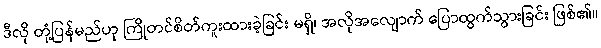
ဒီလို တုံ့ပြန်မည်ဟု ကြိုတင်စိတ်ကူးထားခဲ့ခြင်း မရှိ၊ အလိုအလျောက် ပြောထွက်သွားခြင်း ဖြစ်၏။